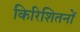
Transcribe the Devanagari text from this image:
किरिशितनों